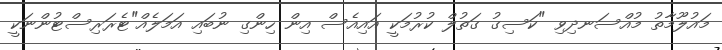
މައުލޫމާތު މުއްސަނދިވި "ކަސިގު ގަތުލް ކުރުމަކީ އައިއެސް އިން ހިންގި ނުބައި އަމަލެއް"ޓެރަރިސްޓުންނަކީ